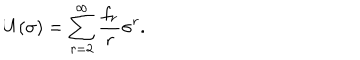
U ( \sigma ) = \sum _ { r = 2 } ^ { \infty } \frac { f _ { r } } { r } \sigma ^ { r } .